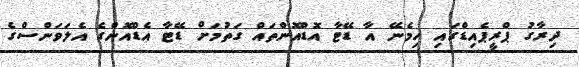
ދިރާގު ޕްރީޕެއިޑްގައި ހިމެނޭ އާ ޑޭޓާ އޮޑްއޮންތައް ގަތުމަށް ޑޭޓާ އެޑްއޮންގެ އެލަވަންސްގެ